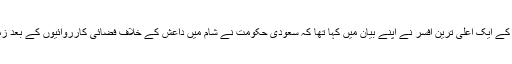
واضح رہے کہ 2 روز قبل سعودی فوج کے ایک اعلیٰ ترین افسر نے اپنے بیان میں کہا تھا کہ سعودی حکومت نے شام میں داعش کے خلاف فضائی کارروائیوں کے بعد زمینی فوج بھی بھیجنے کا فیصلہ کیا ہے۔